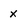
Character: x